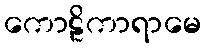
ကောဠိကာရာမေ